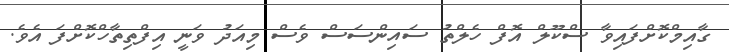
ގާއިމްކޮށްފައިވާ ސްކޫލް އޮފް ހެލްތު ސައިންސަސް ވެސް މިއަދު ވަނީ އިފްތިތާހްކޮށްފަ އެވެ.